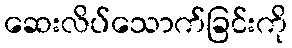
ဆေးလိပ်သောက်ခြင်းကို